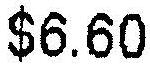
$6.60